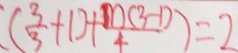
( \frac { 3 } { 3 } + 1 ) + \frac { m ( 3 - 1 ) } { 4 } ) = 2